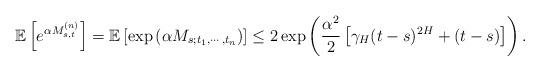
LaTeX: \begin{align*}\mathbb{E}\left[e^{\alpha M_{s,t}^{(n)}}\right]=\mathbb{E}\left[\exp\left(\alpha M_{s;t_{1},\cdots,t_{n}}\right)\right]\leq2\exp\left(\frac{\alpha^{2}}{2}\left[\gamma_{H}(t-s)^{2H}+(t-s)\right]\right).\end{align*}